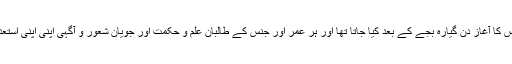
تعلیم بالغاں کے اداروں میں درس و تدریس کا آغاز دن گیارہ بجے کے بعد کیا جاتا تھا اور ہر عمر اور جنس کے طالبان علم و حکمت اور جویانِ شعور و آگہی اپنی اپنی استعداد کے مطابق اپنی جھولیاں بھرتے تھے۔